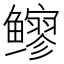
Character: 𫚬